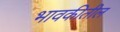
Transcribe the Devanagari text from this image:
भावकीतील